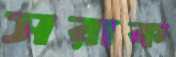
সরাক